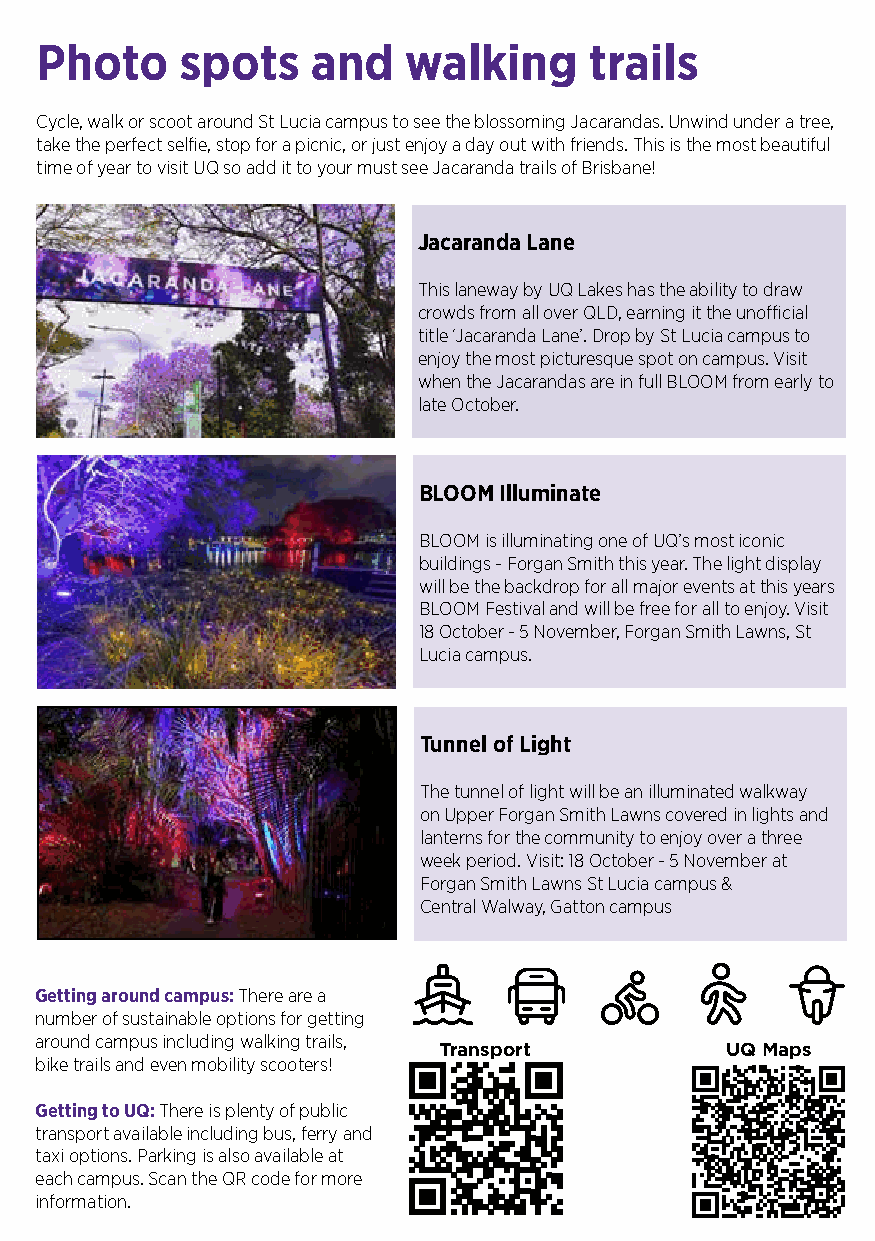
Photo     spots    and   walking     trails
 Cycle, walk or scoot around St Lucia campus to see the blossoming Jacarandas. Unwind under a tree,
 take the perfect selfie, stop for a picnic, or just enjoy a day out with friends. This is the most beautiful
 time of year to visit UQ so add it to your must see Jacaranda trails of Brisbane!
 Jacaranda Lane
 This laneway by UQ Lakes has the ability to draw
 crowds from all over QLD, earning it the unofficial
 title ‘Jacaranda Lane’. Drop by St Lucia campus to
 enjoy the most picturesque spot on campus. Visit
 when the Jacarandas are in full BLOOM from early to
 late October.
 BLOOM Illuminate
 BLOOM is illuminating one of UQ’s most iconic
 buildings - Forgan Smith this year. The light display
 will be the backdrop for all major events at this years
 BLOOM Festival and will be free for all to enjoy. Visit
 18 October - 5 November, Forgan Smith Lawns, St
 Lucia campus.
 Tunnel of Light
 The tunnel of light will be an illuminated walkway
 on Upper Forgan Smith Lawns covered in lights and
 lanterns for the community to enjoy over a three
 week period. Visit: 18 October - 5 November at
 Forgan Smith Lawns St Lucia campus &
 Central Walway, Gatton campus
 Getting around campus: There are a
 number of sustainable options for getting
 around campus including walking trails,
 Transport          UQ Maps
 bike trails and even mobility scooters!
 Getting to UQ: There is plenty of public
 transport available including bus, ferry and
 taxi options. Parking is also available at
 each campus. Scan the QR code for more
 information.